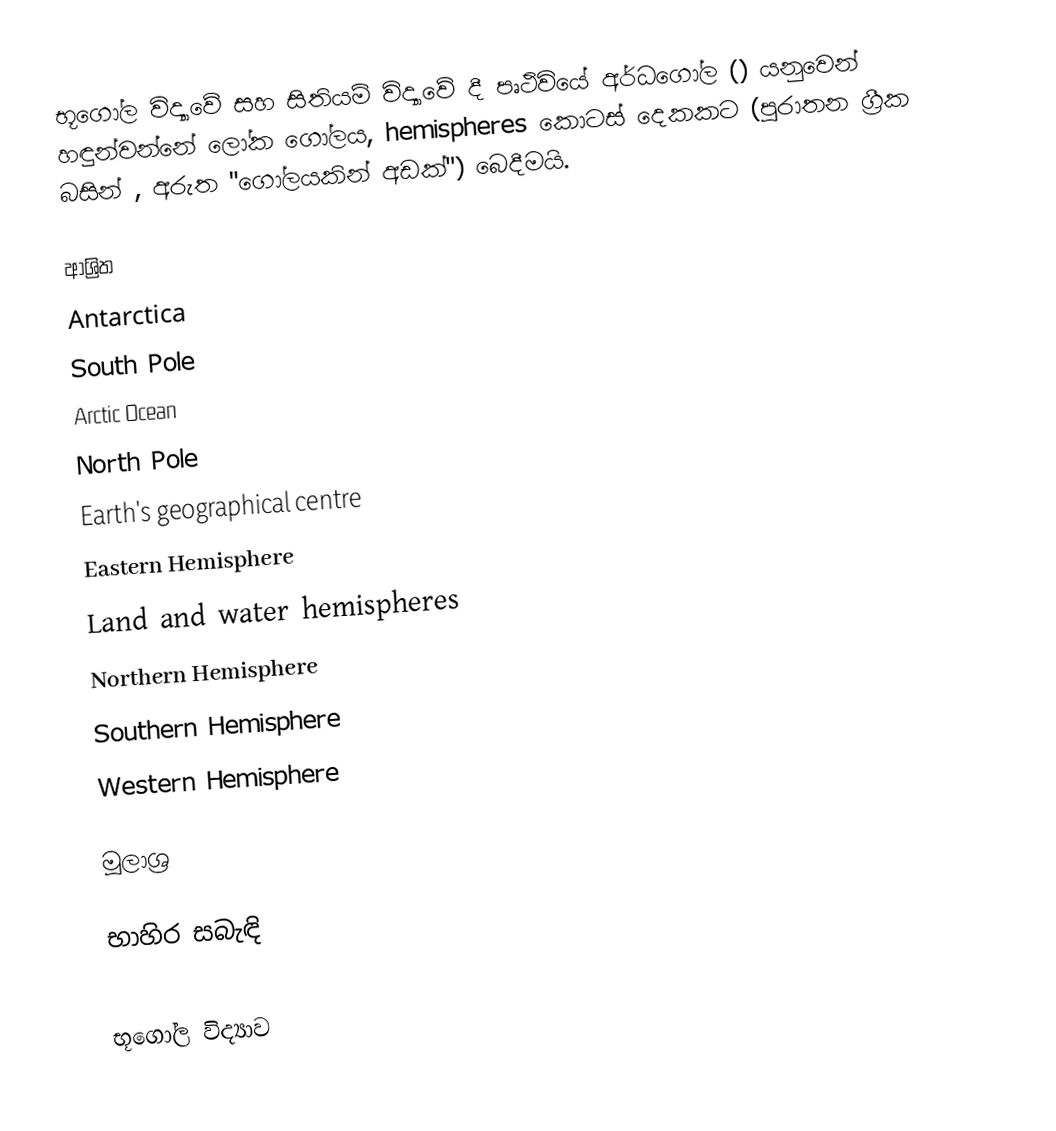
භූගෝල විද්‍යාවේ සහ සිතියම් විද්‍යාවේ දී පෘථිවියේ අර්ධගෝල () යනුවෙන් හඳුන්වන්නේ ලෝක ගෝලය, hemispheres කොටස් දෙකකට (පුරාතන ග්‍රීක බසින්  , අරුත "ගෝලයකින් අඩක්") බෙදීමයි.

ආශ්‍රිත
 Antarctica
 South Pole
 Arctic Ocean
 North Pole
 Earth's geographical centre
 Eastern Hemisphere
 Land and water hemispheres
 Northern Hemisphere
 Southern Hemisphere
 Western Hemisphere

මූලාශ්‍ර

භාහිර සබැඳි

භූගෝල විද්‍යාව